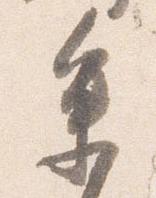
参